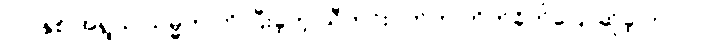
၇၁ နှစ် အရွယ် သမ္မတ ကို ပြီးခဲ့တဲ့ သီတင်းပတ်က တိုက်ခိုက်ပြောဆိုခဲ့ တာပါ။